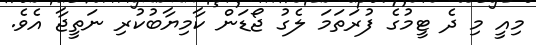
މިއީ މި ދެ ޓީމުގެ ފުރަތަމަ ލެގު ޖޯޑަން ކާމިޔާބުކުރި ނަތީޖާ އެވެ.